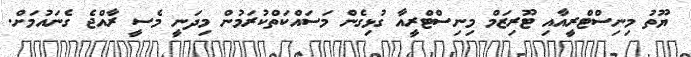
ޔޫތު މިނިސްޓްރީއާއި ޓޫރިޒަމް މިނިސްޓްރީއާ ގުޅިގެން މަސައްކަތްކުރަމުން މިދަނީ މެސީ ރާއްޖެ ގެނައުމަށް.